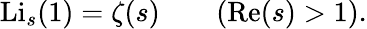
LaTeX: \operatorname{Li}_{s}(1)=\zeta(s)\qquad(\operatorname{Re}(s)>1).